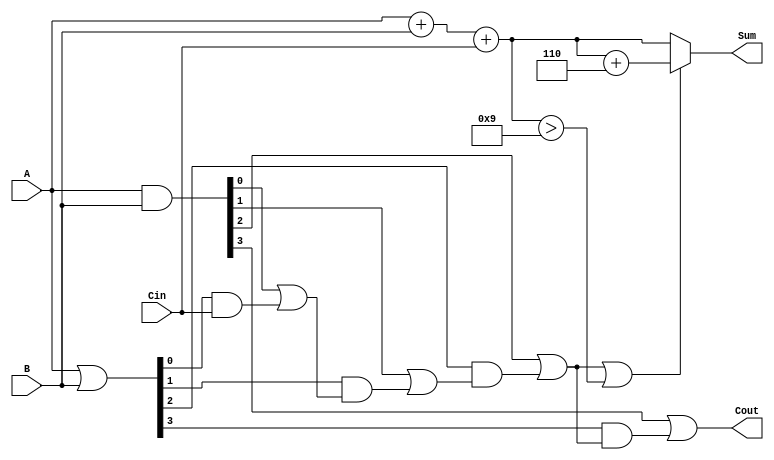
module BCD_Carry_Lookahead_Adder (
    input  [3:0] A,    // First BCD digit
    input  [3:0] B,    // Second BCD digit
    input        Cin,   // Carry input
    output [3:0] Sum,   // BCD sum output
    output       Cout    // Carry output
);

    wire [4:0] S;       // Intermediate sum (5 bits to accommodate carry)
    wire [3:0] G;       // Generate signals
    wire [3:0] P;       // Propagate signals
    wire C1, C2, C3;    // Carry signals

    // Step 1: Calculate initial sum
    assign S = A + B + Cin;

    // Step 2: Generate and propagate signals
    assign G = A & B;          // Generate signals
    assign P = A | B;          // Propagate signals

    // Step 3: Carry calculation using carry lookahead logic
    assign C1 = G[0] | (P[0] & Cin);
    assign C2 = G[1] | (P[1] & C1);
    assign C3 = G[2] | (P[2] & C2);
    assign Cout = G[3] | (P[3] & C3);

    // Step 4: BCD correction logic
    wire [3:0] corrected_sum;
    assign corrected_sum = S[3:0] + 4'b0110; // Add 6 if correction is needed
    assign Sum = (C3 || (S[3:0] > 4'd9)) ? corrected_sum : S[3:0];

endmodule